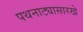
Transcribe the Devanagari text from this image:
पथनाट्यासारखे